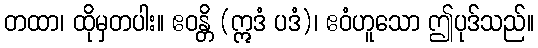
တထာ၊ ထိုမှတပါး။ ဧဝန္တိ (ဣဒံ ပဒံ)၊ ဧဝံဟူသော ဤပုဒ်သည်။